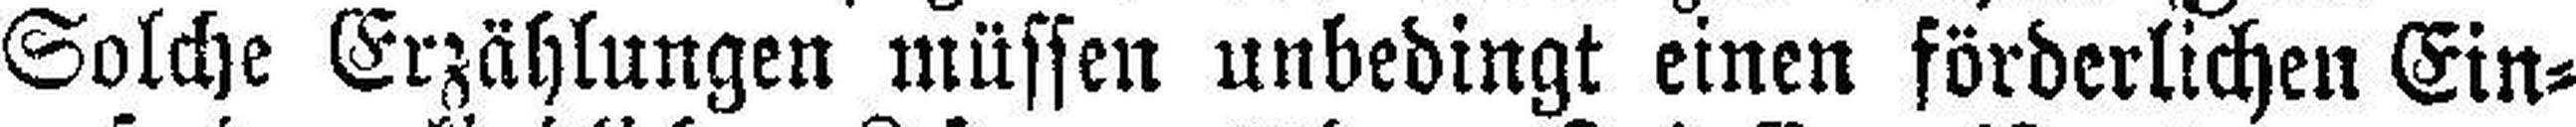
Solche Erzählungen müssen unbedingt einen förderlichen Ein¬